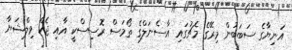
އަނިޔާގެ ސަބަބުން މިރޭގެ މެޗުގައި އާސެނަލްގެ ތޯމަސް ރޮސިސްކީ އާއި ޖެކް ވިލްޝަޔާ